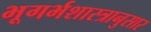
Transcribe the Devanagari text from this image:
भूगर्भशास्त्रानुसार